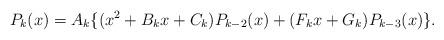
LaTeX: \begin{align*}P_k(x)=A_k\{(x^2+B_kx+C_k)P_{k-2}(x)+(F_kx+G_k)P_{k-3}(x)\}.\end{align*}